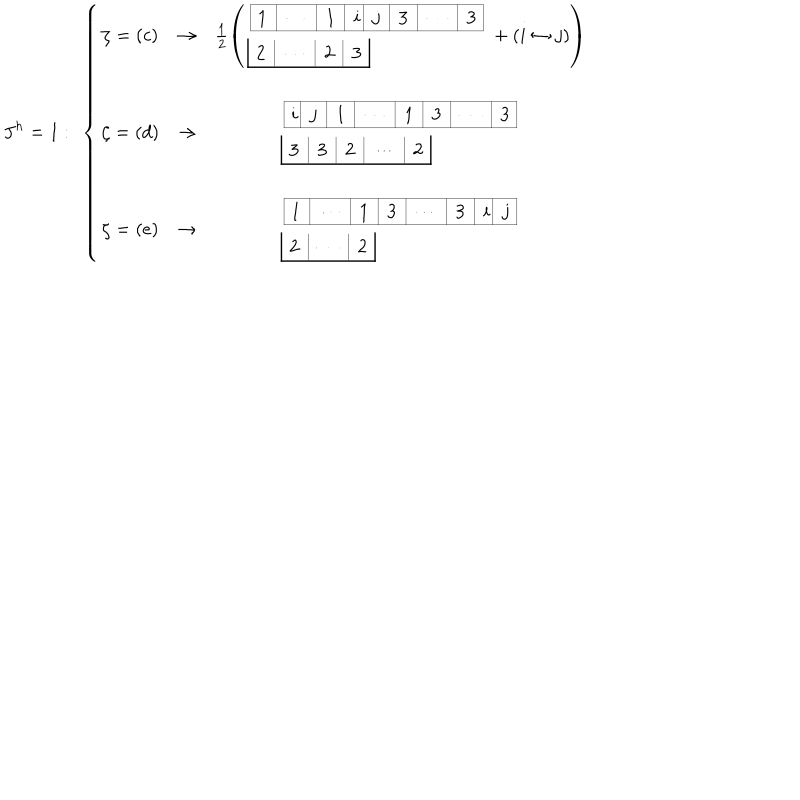
J ^ { h } = 1 : \ \left\{ \begin{array} { c c c } { { \zeta = ( c ) } } & { { \to } } & { { \frac { 1 } { 2 } \left( \begin{array} { l } { { \begin{array} { | c | c | c | c | c | c | c | c | } \hline { { 1 } } & { { \cdots } } & { { 1 } } & { { \hspace { . 0 3 c m } i \hspace { . 0 3 c m } } } & { { j } } & { { 3 } } & { { \cdots } } & { { 3 } } \\ \hline { { } } \\ \end{array} } } \\ { { \begin{array} { | c | c | c | c | c | } { { 2 } } & { { \cdots } } & { { 2 } } & { { 3 } } \\ \hline { { } } \\ \end{array} } } \\ \end{array} + ( i \leftrightarrow j ) \right) } } \\ { { } } & { { } } & { { } } \\ { { \zeta = ( d ) } } & { { \to } } & { { \begin{array} { l } { { \begin{array} { | c | c | c | c | c | c | c | c | } \hline { { \hspace { . 0 3 c m } i \hspace { . 0 4 c m } } } & { { j } } & { { 1 } } & { { \cdots } } & { { 1 } } & { { 3 } } & { { \cdots } } & { { 3 } } \\ \hline { { } } \\ \end{array} } } \\ { { \begin{array} { | c | c | c | c | c | c | } { { 3 } } & { { 3 } } & { { 2 } } & { { \cdots } } & { { 2 } } \\ \hline { { } } \\ \end{array} } } \\ \end{array} } } \\ { { } } & { { } } & { { } } \\ { { \zeta = ( e ) } } & { { \to } } & { { \begin{array} { l } { { \begin{array} { | c | c | c | c | c | c | c | c | } \hline { { 1 } } & { { \cdots } } & { { 1 } } & { { 3 } } & { { \cdots } } & { { 3 } } & { { \hspace { . 0 3 c m } i \hspace { . 0 3 c m } } } & { { j } } \\ \hline { { } } \\ \end{array} } } \\ { { \begin{array} { | c | c | c | c | } { { 2 } } & { { \cdots } } & { { 2 } } \\ \hline { { } } \\ \end{array} } } \\ \end{array} } } \\ \end{array} \right.